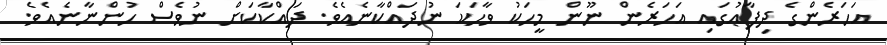
އަހަރެންގެ ދިފާޢުގައި އަހަރެން ނޫން މީހަކު ވާހަކަ ނުދައްކާނެއެވެ. ދައްކާކަށް ނުވެސް ހުންނާނެއެވެ.